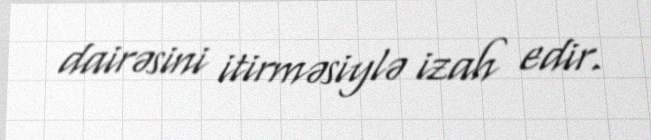
dairəsini itirməsiylə izah edir.